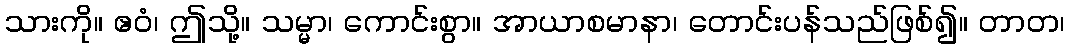
သားကို။ ဧဝံ၊ ဤသို့။ သမ္မာ၊ ကောင်းစွာ။ အာယာစမာနာ၊ တောင်းပန်သည်ဖြစ်၍။ တာတ၊